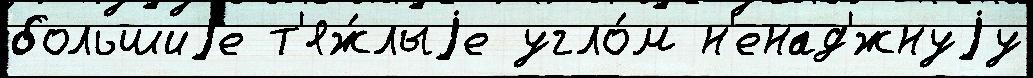
большиjе т'яж́лыjе угло́м н'енад'́жнуjу